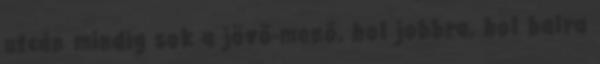
utcán mindig sok a jövő-menő, hol jobbra, hol balra